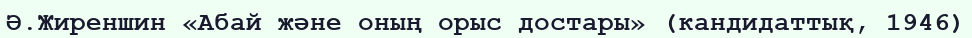
Ә.Жиреншин «Абай және оның орыс достары» (кандидаттық, 1946)